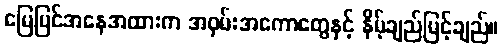
မြေပြင်အနေအထားက အဝှမ်းအကောတွေနှင့် နိမ့်ချည်မြင့်ချည်။